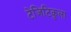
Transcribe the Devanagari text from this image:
टेजिटिकुला